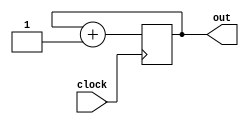
`timescale 1ns / 1ps
//////////////////////////////////////////////////////////////////////////////////
// Company: 
// Engineer: 
// 
// Design Name: 
// Module Name: cnt
// Project Name: 
// Target Devices: 
// Tool Versions: 
// Description: 
// 
// Dependencies: 
// 
// Revision:
// Revision 0.01 - File Created
// Additional Comments:
// 
//////////////////////////////////////////////////////////////////////////////////


module cnt(
    output reg [1:0] out = 0,
    input clock
    );
    always @(posedge clock)
        out <= out + 1;
endmodule